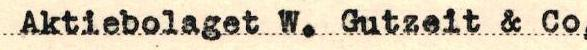
Aktiebolaget W. Gutzeit & Co